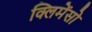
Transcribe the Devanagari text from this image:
क्लिमेंसो